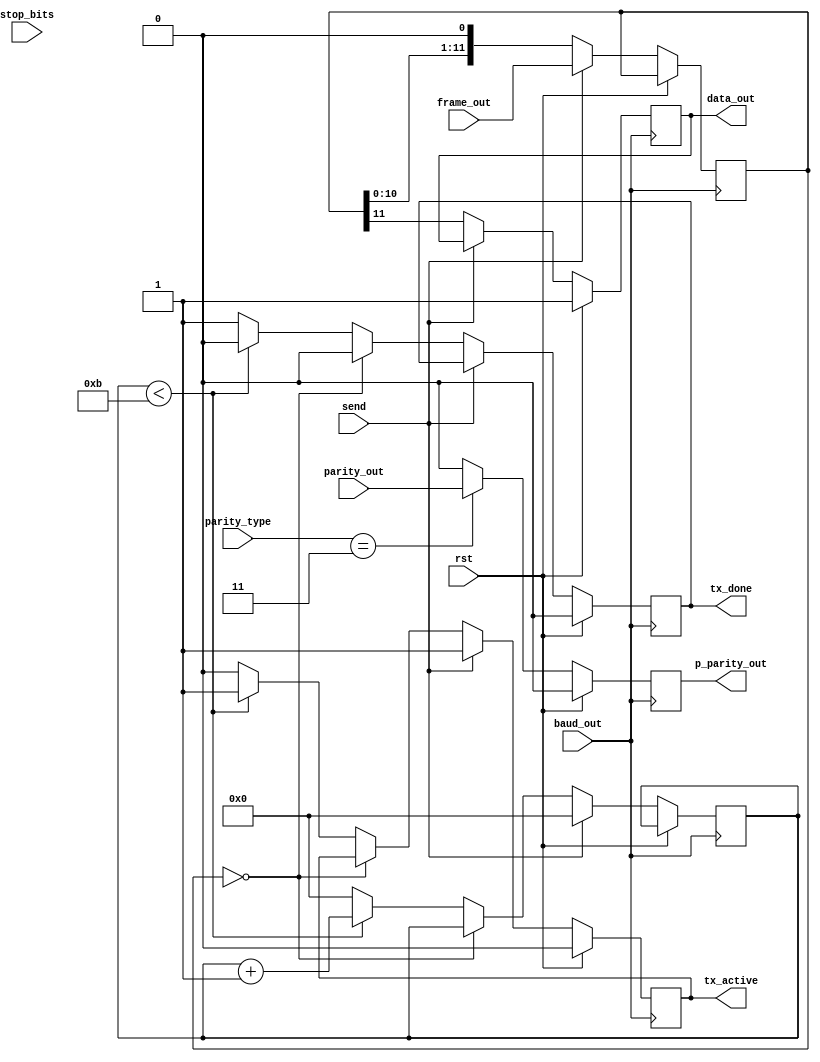
//piso
module piso(rst,frame_out,parity_type,stop_bits,send,baud_out,data_out,parity_out,p_parity_out,tx_active,tx_done);
input rst;
input [11:0] frame_out;
input [1:0] parity_type;
input stop_bits;
input send; //to start loading the data into SR_reg and add start and stop bits
            //when it is one the frame_out is loaded in SR_register, then it should forced to zero to transmit
            // this concept isn't wrong but in real life it remains one untill the transmission is done
input baud_out;
input parity_out;

output reg data_out;
output reg p_parity_out;// odd parity in case '11', otherwise it's '0'
output reg tx_active;
output reg tx_done;
reg [11:0]SR_reg; //12 bits that will be serially transmitted
reg [3:0]counter;

always@(posedge baud_out)
if (rst)
begin
data_out<=1;
tx_active<=0;
tx_done<=0;
p_parity_out<=1'b0;
end

else begin 
if(parity_type==2'b11) p_parity_out<=parity_out; 
else p_parity_out<=1'b0;
  
  //loading the data
if(send)begin
SR_reg<=frame_out[11:0];
tx_active<=1;
counter<=0;
end
// starting transmission
else begin
data_out<=SR_reg[11];
SR_reg<={SR_reg[10:0],1'b0};// shifting

if (SR_reg==0) tx_done<=0;// resetting after transmission

else if (counter<11)begin
  tx_active<=1;
  counter<=counter+1;// countinting the bits
  tx_done<=0;
end
else begin// counter=12
  counter<=0;
  tx_done<=1;
  tx_active<=0;
end

end

end
endmodule